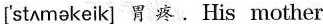
['st∧mekeik] 胃 疼 . His mother